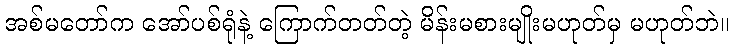
အစ်မတော်က အော်ပစ်ရုံနဲ့ ကြောက်တတ်တဲ့ မိန်းမစားမျိုးမဟုတ်မှ မဟုတ်ဘဲ။